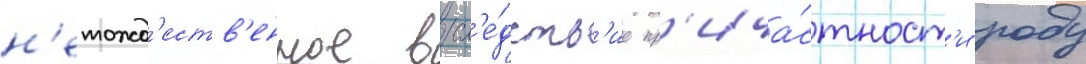
н'етожд'еств'енное всл'е́дств'ие пр'ича́стност'и роду